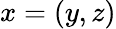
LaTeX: x=\left(y,z\right)